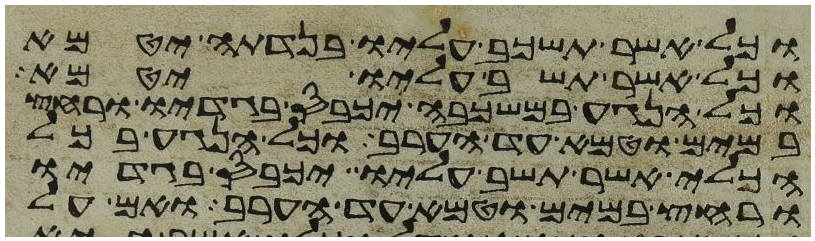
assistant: וכל אשר תשכב עליו בנדתה יטמא
וכל אשר תשב עליו יטמא
וכל הנגע במשכבה יכבס בגדיו ורחץ
במים וטמא עד הערב וכל הנגע בכל
הכלי אשר תשב עליו יכבס בגדיו
ורחץ במים וטמא עד הערב ואם על